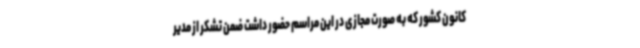
کانون کشور که به صورت مجازی در این مراسم حضور داشت ضمن تشکر از مدیر